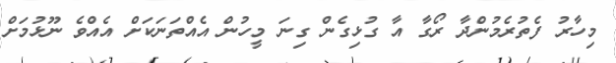
މިހާރު ފެތުރެމުންދާ ރޯގާ އާ ގުޅިގެން ގިނަ މީހުން އެއްތަނަކަށް އެއްވެ ނޫޅުމަށް